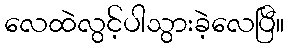
လေထဲလွင့်ပါသွားခဲ့လေပြီ။